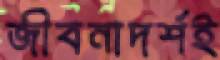
জীবনাদর্শই